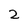
Character: 2